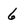
Character: 6